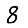
Digit: 8